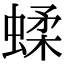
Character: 蝚